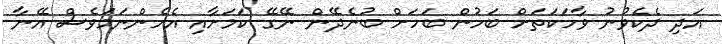
އަދި ދެކެވުނު ވާހަކަތަށް ބަހުން ބަހަށް ބުނެދޭން ނޭގޭ ކަމަށާއި އެހެންނަމަވެސް އޭނާ